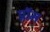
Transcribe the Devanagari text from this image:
प्नॉम